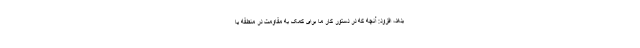
بدهد، افزود: آنچه که در دستور کار ما برای کمک به مقاومت در منطقه یا